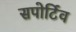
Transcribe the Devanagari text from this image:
सपोर्टिव